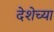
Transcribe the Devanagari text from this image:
देशेच्या